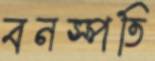
বনস্পতি